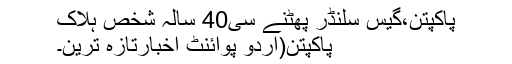
پاکپتن،گیس سلنڈر پھٹنے سی40 سالہ شخص ہلاک
پاکپتن(اُردو پوائنٹ اخبارتازہ ترین۔